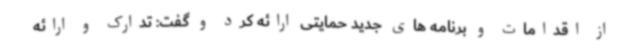
از اقدامات و برنامه های جدید حمایتی ارائه کرد و گفت: تدارک و ارائه